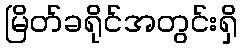
မြိတ်ခရိုင်အတွင်းရှိ